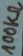
Text: 100KΩ